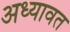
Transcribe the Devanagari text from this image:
अध्यावत